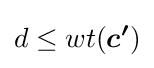
d\leq wt({\boldsymbol {c'}})